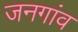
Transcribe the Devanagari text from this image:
जनगांव